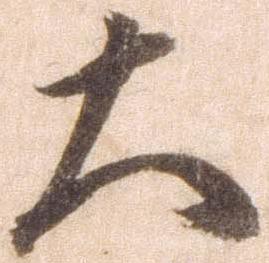
大